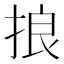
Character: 𢭗